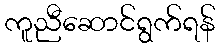
ကူညီဆောင်ရွက်ရန်